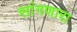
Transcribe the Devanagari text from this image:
सांंगणारा